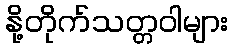
နို့တိုက်သတ္တဝါများ